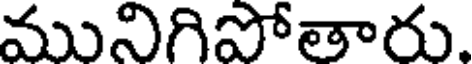
మునిగిపోతారు.